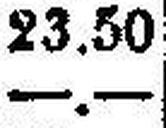
—.—